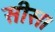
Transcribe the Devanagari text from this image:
सीस।